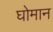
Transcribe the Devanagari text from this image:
घोमान